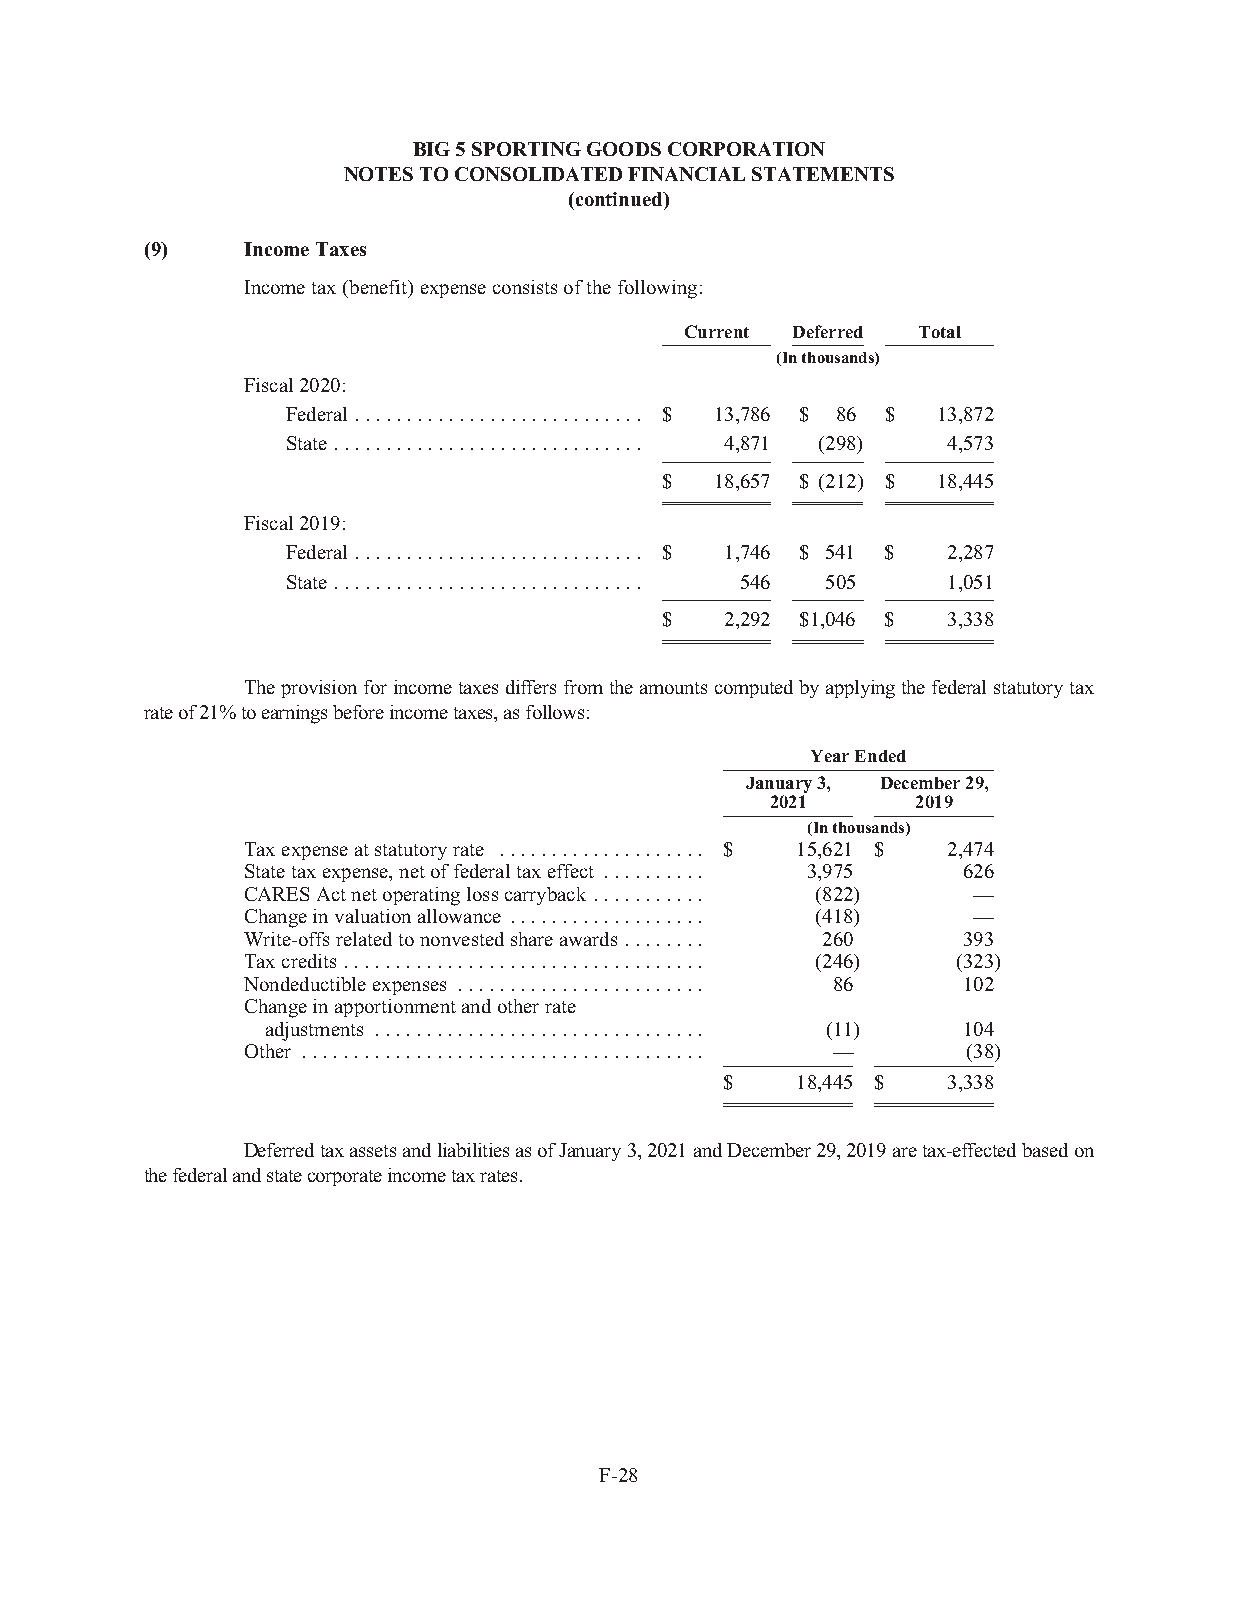
BIG5SPORTINGGOODSCORPORATION
 NOTESTOCONSOLIDATEDFINANCIALSTATEMENTS
 (continued)
 (9)   IncomeTaxes
 Incometax(benefit)expenseconsistsofthefollowing:
 Current Deferred Total
 (Inthousands)
 Fiscal2020:
 Federal ............................ $ 13,786 $ 86 $ 13,872
 State.............................. 4,871 (298) 4,573
 $  18,657 $ (212) $ 18,445
 Fiscal2019:
 Federal ............................ $ 1,746 $ 541 $ 2,287
 State.............................. 546 505 1,051
 $   2,292 $1,046 $ 3,338
 Theprovisionforincometaxesdiffersfromtheamountscomputedbyapplyingthefederalstatutorytax
 rateof21%toearningsbeforeincometaxes,asfollows:
 YearEnded
 January3, December29,
 2021      2019
 (Inthousands)
 Taxexpenseatstatutoryrate .................... $ 15,621 $ 2,474
 Statetaxexpense,netoffederaltaxeffect .......... 3,975 626
 CARESActnetoperatinglosscarryback ........... (822) —
 Changeinvaluationallowance ................... (418) —
 Write-offsrelatedtononvestedshareawards ........ 260 393
 Taxcredits................................... (246) (323)
 Nondeductibleexpenses ........................ 86 102
 Changeinapportionmentandotherrate
 adjustments ................................ (11) 104
 Other ....................................... — (38)
 $    18,445 $  3,338
 DeferredtaxassetsandliabilitiesasofJanuary3,2021andDecember29,2019aretax-effectedbasedon
 thefederalandstatecorporateincometaxrates.
 F-28